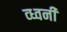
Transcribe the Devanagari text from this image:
व्ध्वनी